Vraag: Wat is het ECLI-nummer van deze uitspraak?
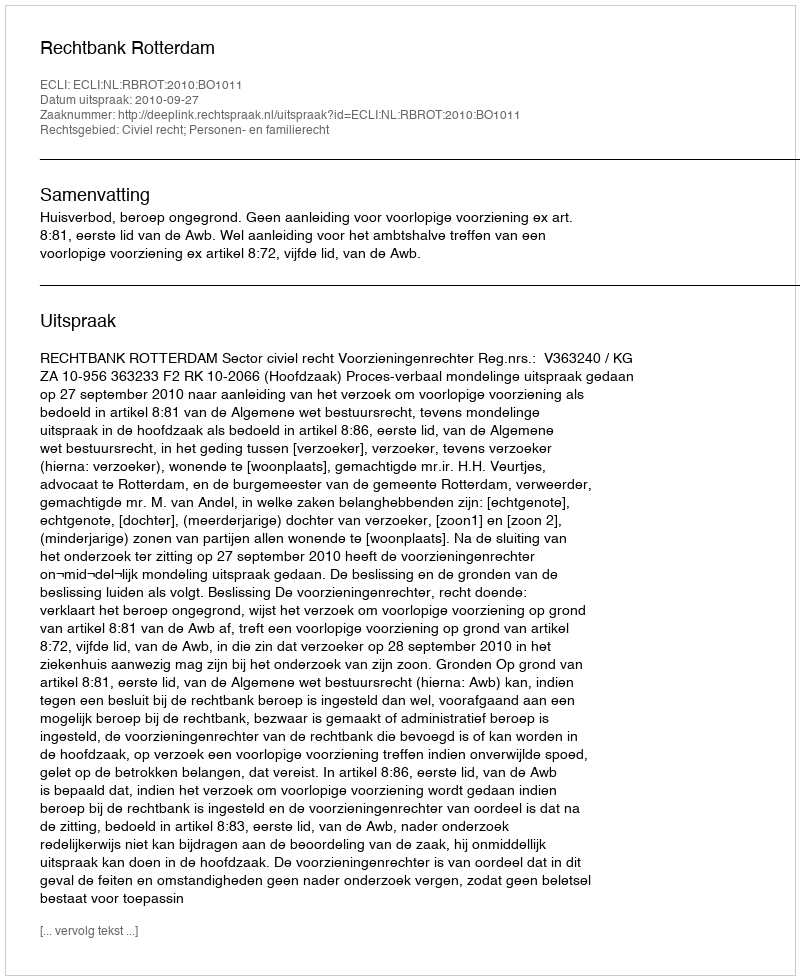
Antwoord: ECLI:NL:RBROT:2010:BO1011